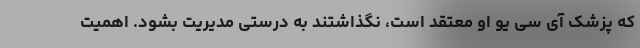
که پزشک آی سی یو او معتقد است، نگذاشتند به درستی مدیریت بشود. اهمیت